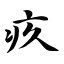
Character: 疚